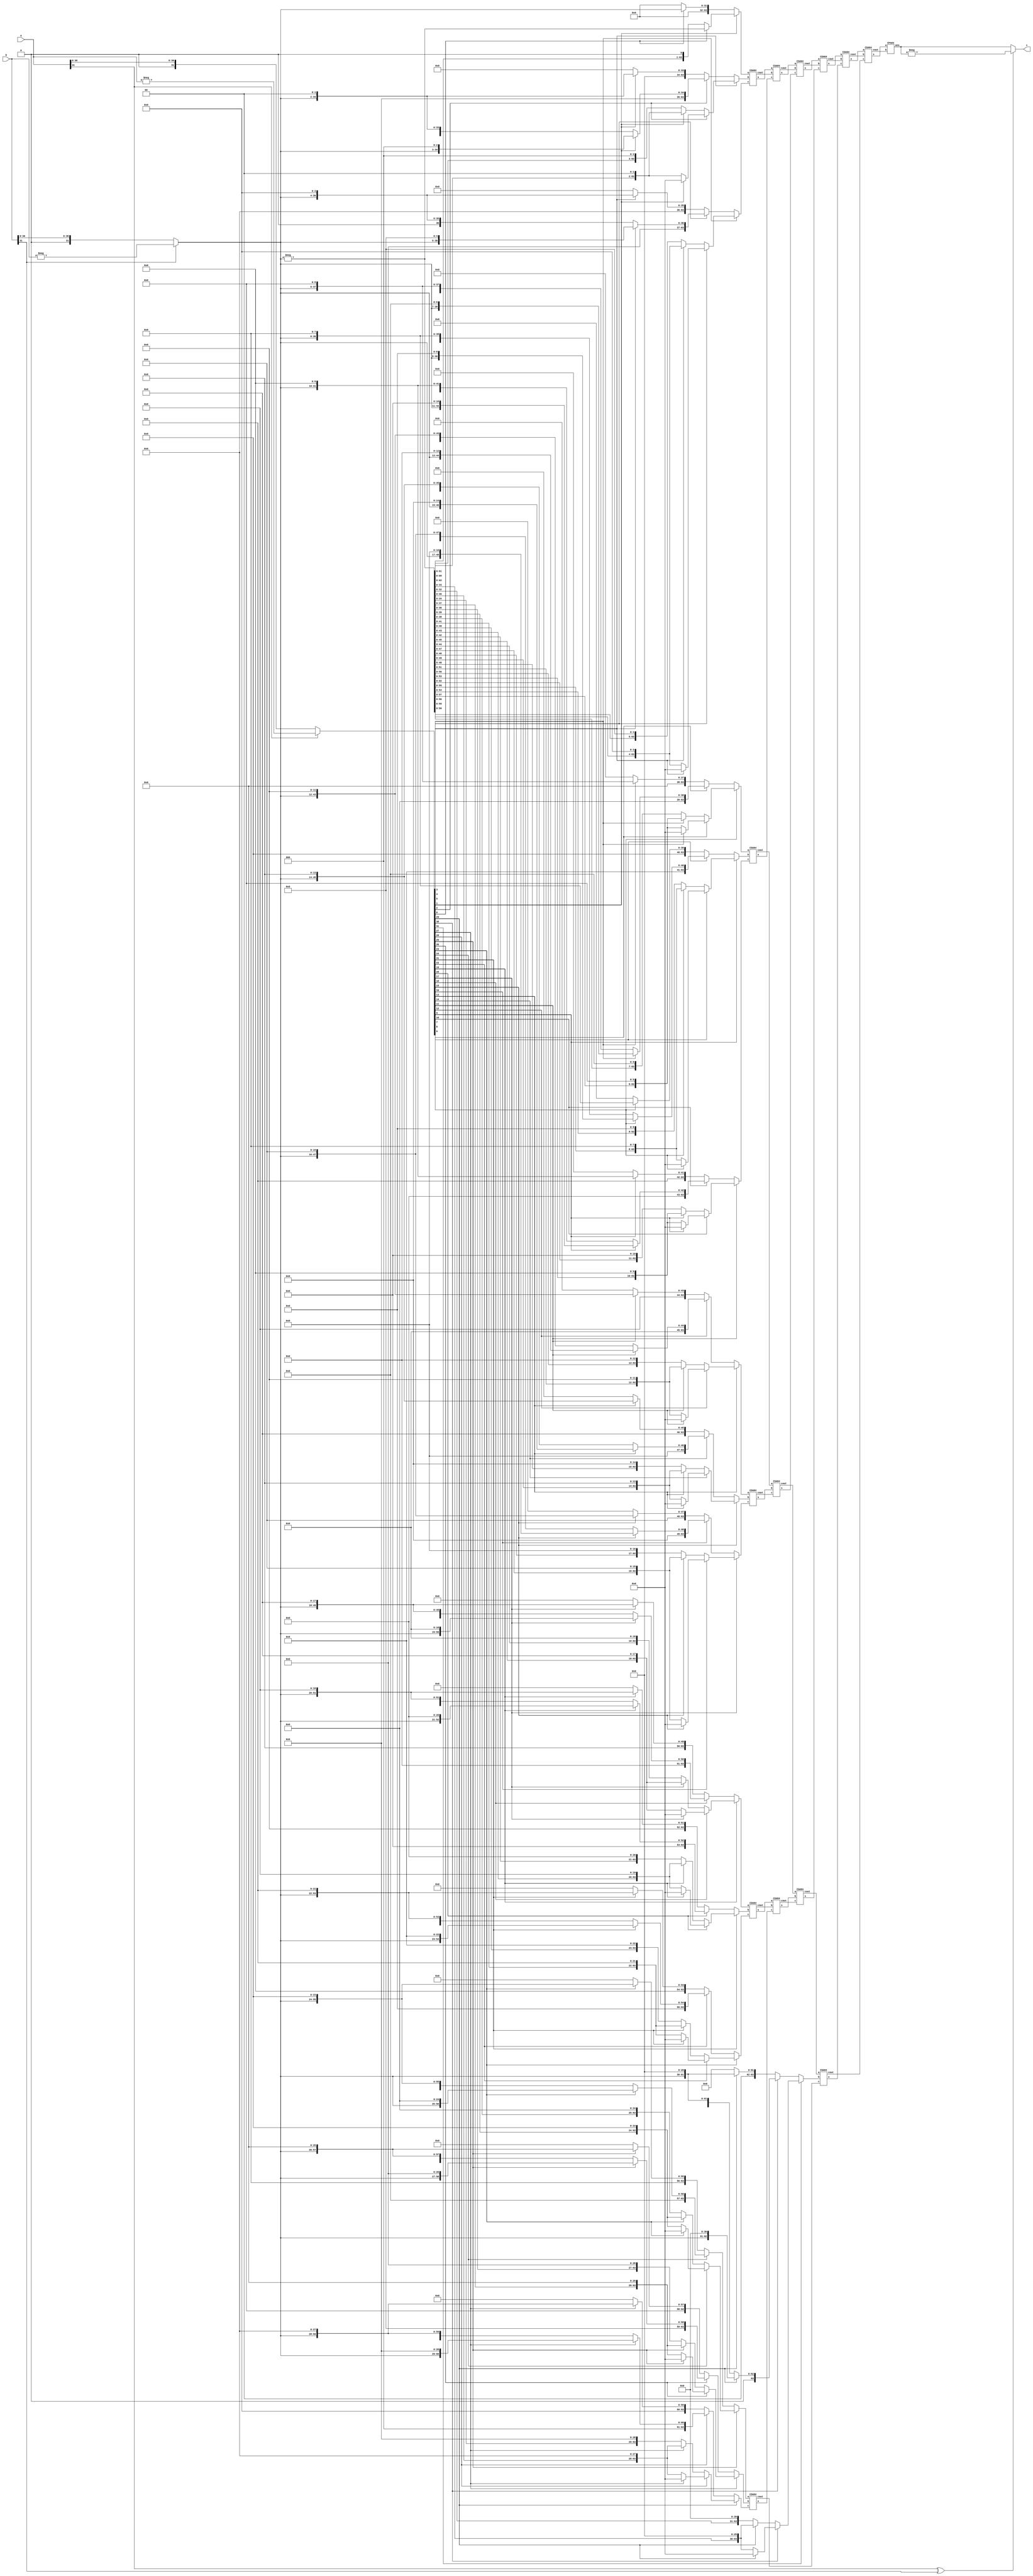

//32
module multiplier(
    input[31:0] a,
    input[31:0] b,
    output[63:0] c
);
reg sign;
reg[31:-1] a1;
reg[31:0] b1;
reg[63:0] pp[15:0];
wire[63:0] pp1[9:0];
wire[63:0] pp2[5:0];
wire[63:0] pp3[3:0];
wire[63:0] pp4[3:0];
wire[63:0] pp5[1:0];
wire[63:0] pp6[1:0];
wire[63:0] ans1;
reg[63:0] ans;
integer i;

CSA64 CSAI1(
    .a    	( pp[0]     ),
    .b    	( pp[1]     ),
    .c    	( pp[2]     ),
    .s    	( pp1[0]     ),
    .cout 	( pp1[1]  )
);

CSA64 CSAI2(
    .a    	( pp[3]     ),
    .b    	( pp[4]     ),
    .c    	( pp[5]     ),
    .s    	( pp1[2]     ),
    .cout 	( pp1[3]  )
);

CSA64 CSAI3(
    .a    	( pp[6]     ),
    .b    	( pp[7]     ),
    .c    	( pp[8]     ),
    .s    	( pp1[4]     ),
    .cout 	( pp1[5]  )
);

CSA64 CSAI4(
    .a    	( pp[9]     ),
    .b    	( pp[10]     ),
    .c    	( pp[11]     ),
    .s    	( pp1[6]     ),
    .cout 	( pp1[7]  )
);

CSA64 CSAI5(
    .a    	( pp[12]     ),
    .b    	( pp[13]     ),
    .c    	( pp[14]     ),
    .s    	( pp1[8]     ),
    .cout 	( pp1[9]  )
);

CSA64 CSAII1(
    .a    	( pp1[0]     ),
    .b    	( pp1[1]     ),
    .c    	( pp1[2]     ),
    .s    	( pp2[0]     ),
    .cout 	( pp2[1]  )
);

CSA64 CSAII2(
    .a    	( pp1[3]     ),
    .b    	( pp1[4]     ),
    .c    	( pp1[5]     ),
    .s    	( pp2[2]     ),
    .cout 	( pp2[3]  )
);

CSA64 CSAII3(
    .a    	( pp1[6]     ),
    .b    	( pp1[7]     ),
    .c    	( pp1[8]     ),
    .s    	( pp2[4]     ),
    .cout 	( pp2[5]  )
);

CSA64 CSAIII1(
    .a    	( pp2[0]     ),
    .b    	( pp2[1]     ),
    .c    	( pp2[2]     ),
    .s    	( pp3[0]     ),
    .cout 	( pp3[1]     )
);

CSA64 CSAIII2(
    .a    	( pp2[3]     ),
    .b    	( pp2[4]     ),
    .c    	( pp2[5]     ),
    .s    	( pp3[2]     ),
    .cout 	( pp3[3]     )
);

CSA64 CSAIV1(
    .a    	( pp3[0]     ),
    .b    	( pp3[1]     ),
    .c    	( pp3[2]     ),
    .s    	( pp4[0]     ),
    .cout 	( pp4[1]     )
);

CSA64 CSAIV2(
    .a    	( pp3[3]     ),
    .b    	( pp[15]     ),
    .c    	( pp1[9]     ),
    .s    	( pp4[2]     ),
    .cout 	( pp4[3]     )
);

CSA64 CSAV1(
    .a    	( pp4[0]     ),
    .b    	( pp4[1]     ),
    .c    	( pp4[2]     ),
    .s    	( pp5[0]     ),
    .cout 	( pp5[1]     )
);

CSA64 CSAVI1(
    .a    	( pp5[0]     ),
    .b    	( pp5[1]     ),
    .c    	( pp4[3]     ),
    .s    	( pp6[0]     ),
    .cout 	( pp6[1]     )
);



CPA64 CPA64(
    .a   	( pp6[0]    ),
    .b   	( pp6[1]    ),
    .ans 	( ans1  )
);


always begin
#1
//
sign=a[31]^b[31];
//sign=0;
//
//$display("b:%d ", b[31:0]);
//$display("a:%d ", a[31:0]);

a1[31:0]= (a[31]==1'b0)? a:(-a);
//a1[31:0]=303379748;
a1[-1]=1'b0;

b1[31:0]= (b[31]==1'b0)? b:(-b);
//b1[31:0]=3230228097;
//$display("sign:%d ", sign);
//$display("b1:%d ", b1[31:0]);
//$display("a1:%d ", a1[31:0]);
//Booth 
for (i=0;i<=15;i=i+1) begin
    if(a1[2*i+1]==1'b0) begin
        if(a1[2*i]==1'b0) begin
            if(a1[2*i-1]==1'b0)begin
                pp[i] <= 0;
            end
            else begin
                pp[i] <= b1<<(2*i);
            end
        end
        else begin
            if(a1[2*i-1]==1'b0)begin
                pp[i] <= b1<<(2*i);
            end
            else begin
                pp[i] <= b1<<(2*i+1);
            end
        end
    end
    else begin
        if(a1[2*i]==1'b0) begin
            if(a1[2*i-1]==1'b0)begin
                pp[i] <= -b1<<(2*i+1);
            end
            else begin
                pp[i] <= -b1<<(2*i);
            end
        end
        else begin
            if(a1[2*i-1]==1'b0)begin
                pp[i] <= -b1<<(2*i);
            end
            else begin
                pp[i] <= 0;
            end
        end
    end
end
 
//()
#5 
//
//$display("pp1[0]:%d",pp1[0]);
//$display("pp1[1]:%d",pp1[1]);
//$display("pp1[2]:%d",pp1[2]);
ans=(sign==1'b0) ? ans1:-ans1;

//$display("%d ", ans);
end


assign c=ans;
endmodule

module CSA64(
    input[63:0] a,
    input[63:0] b,
    input[63:0] c,
    output[63:0] s,
    output[63:0] cout
);
//
 assign   s = a^b^c;
 assign   cout[63:1] = (a[62:0]&b[62:0])|(b[62:0]&c[62:0])|(c[62:0]&a[62:0]);
 assign   cout[0]=0;


endmodule

module CPA64(
    input[63:0] a,
    input[63:0] b,
    output[63:0] ans
);

assign ans=a+b;
endmodule